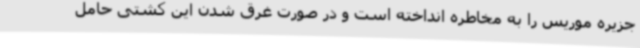
جزیره موریس را به مخاطره انداخته است و در صورت غرق شدن این کشتی حامل